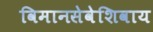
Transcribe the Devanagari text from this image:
विमानसेवेशिवाय